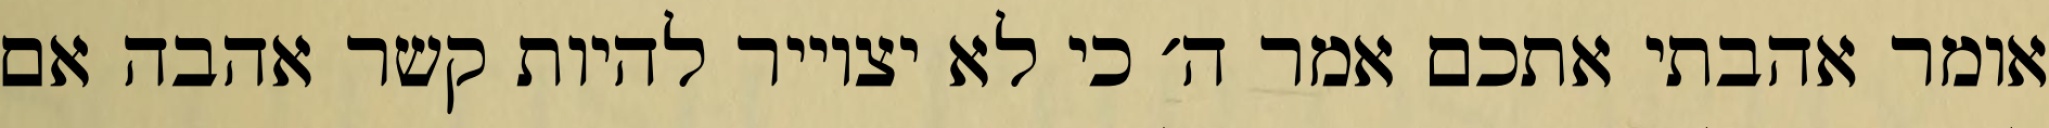
אומר אהבתי אתכם אמר ה׳ כי לא יצוייר להיות קשר אהבה אם